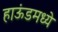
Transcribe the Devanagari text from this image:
हाऊंडमध्ये